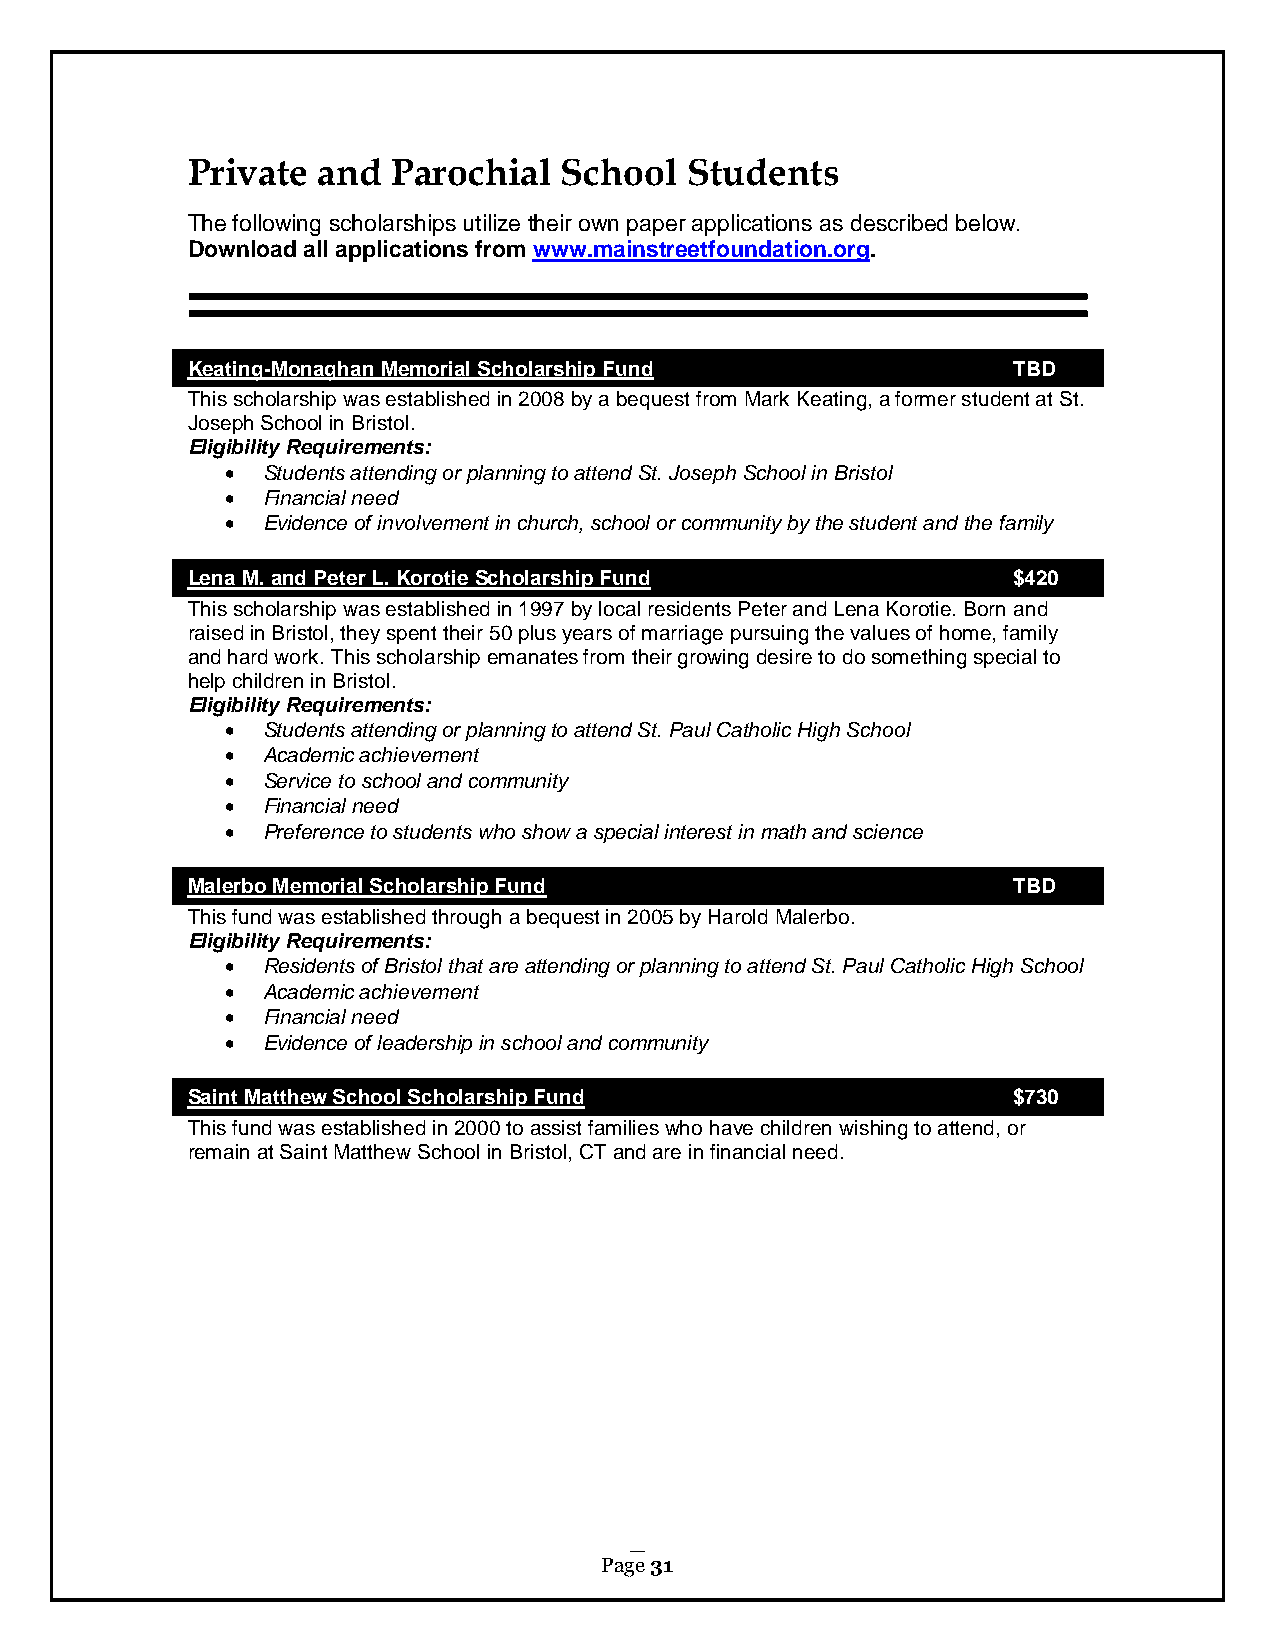
Private  and  Parochial  School   Students
 The following scholarships utilize their own paper applications as described below.
 Download all applications from www.mainstreetfoundation.org.
 Keating-Monaghan Memorial Scholarship Fund             TBD
 This scholarship was established in 2008 by a bequest from Mark Keating, a former student at St.
 Joseph School in Bristol.
 Eligibility Requirements:
  Students attending or planning to attend St. Joseph School in Bristol
  Financial need
  Evidence of involvement in church, school or community by the student and the family
 Lena M. and Peter L. Korotie Scholarship Fund          $420
 This scholarship was established in 1997 by local residents Peter and Lena Korotie. Born and
 raised in Bristol, they spent their 50 plus years of marriage pursuing the values of home, family
 and hard work. This scholarship emanates from their growing desire to do something special to
 help children in Bristol.
 Eligibility Requirements:
  Students attending or planning to attend St. Paul Catholic High School
  Academic achievement
  Service to school and community
  Financial need
  Preference to students who show a special interest in math and science
 Malerbo Memorial Scholarship Fund                      TBD
 This fund was established through a bequest in 2005 by Harold Malerbo.
 Eligibility Requirements:
  Residents of Bristol that are attending or planning to attend St. Paul Catholic High School
  Academic achievement
  Financial need
  Evidence of leadership in school and community
 Saint Matthew School Scholarship Fund                  $730
 This fund was established in 2000 to assist families who have children wishing to attend, or
 remain at Saint Matthew School in Bristol, CT and are in financial need.
 Page 31